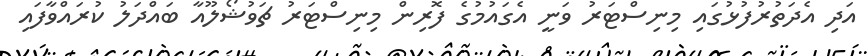
އަދި އެދަތުރުފުޅުގައި މިނިސްޓަރު ވަނީ އެގައުމުގެ ފޮރިން މިނިސްޓަރު ޗަވުޝޯލޫއާ ބައްދަލު ކުރައްވާފައި